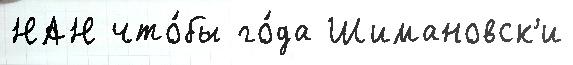
НАН что́бы го́да Шимановск'и